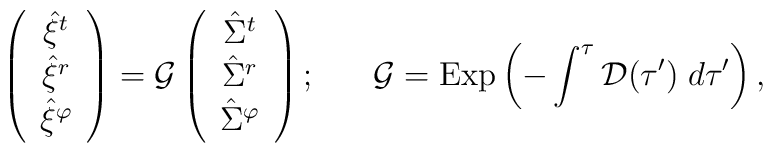
\left( \begin{array}{c} {\hat{\xi}}^t \\{\hat{\xi}}^r \\ {\hat{\xi}}^\varphi \end{array} \right)={\cal G}\left( \begin{array}{c} {\hat{\Sigma}}^t \\{\hat{\Sigma}}^r \\ {\hat{\Sigma}}^\varphi \end{array} \right);\;\;\;\;\;\;{\cal G}=\mbox{Exp}\left( -\int^\tau{\cal D}(\tau')\; d\tau'\right),